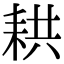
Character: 𦓳